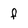
Character: f